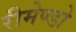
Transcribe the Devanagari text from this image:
रीमेण्डो